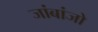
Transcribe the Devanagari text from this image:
जांबांजो